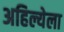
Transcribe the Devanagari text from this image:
अहिल्येला